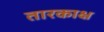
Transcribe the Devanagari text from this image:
तारकाक्ष